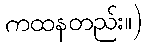
ကထနတည်း။)